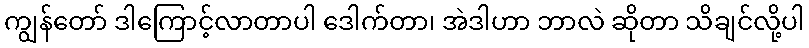
ကျွန်တော် ဒါကြောင့်လာတာပါ ဒေါက်တာ၊ အဲဒါဟာ ဘာလဲ ဆိုတာ သိချင်လို့ပါ